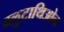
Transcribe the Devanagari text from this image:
ग्लुटाथिओन